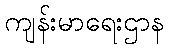
ကျန်းမာရေးဌာန